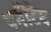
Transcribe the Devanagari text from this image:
पर्गेटिव